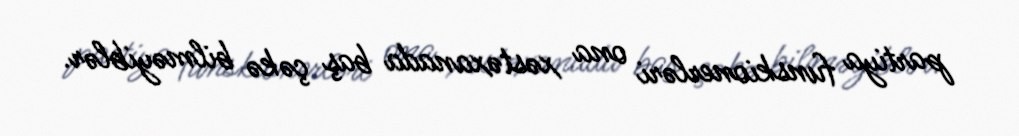
partiya funskionerləri ona xəstəxanada baş çəkə bilməyiblər.